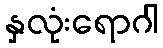
နှလုံးရောဂါ